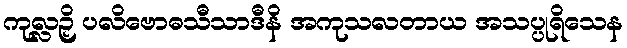
ကုလ္လဉှိ ပလိဗောဓသီသာဒီနိ အကုသလတာယ အသပ္ပုရိသေန